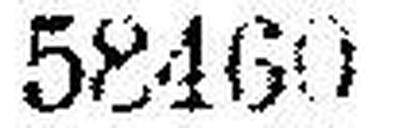
58460